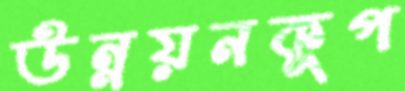
উন্নয়নকূপ